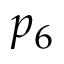
p _ { 6 }